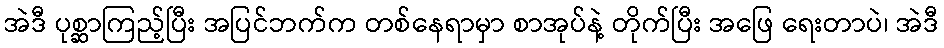
အဲဒီ ပုစ္ဆာကြည့်ပြီး အပြင်ဘက်က တစ်နေရာမှာ စာအုပ်နဲ့ တိုက်ပြီး အဖြေ ရေးတာပဲ၊ အဲဒီ